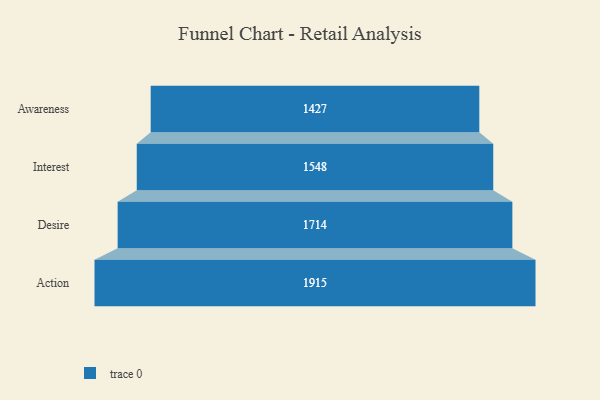
{"axis": {"x": "Stage", "y": "Value"}, "legend": [""], "data": [{"x": "Awareness", "y": 1427.0, "type": ""}, {"x": "Interest", "y": 1548.0, "type": ""}, {"x": "Desire", "y": 1714.0, "type": ""}, {"x": "Action", "y": 1915.0, "type": ""}]}